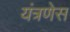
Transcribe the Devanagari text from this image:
यंत्रणेस